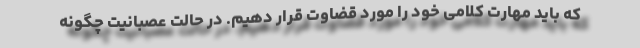
که باید مهارت کلامی خود را مورد قضاوت قرار دهیم. در حالت عصبانیت چگونه